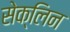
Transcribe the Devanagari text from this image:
सेक्लिन